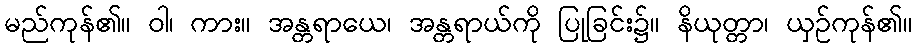
မည်ကုန်၏။ ဝါ၊ ကား။ အန္တရာယေ၊ အန္တရာယ်ကို ပြုခြင်း၌။ နိယုတ္တာ၊ ယှဉ်ကုန်၏။